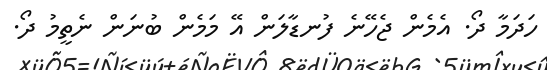
ހަދަމާ ދޯ. އެމެން ޖެހޭނެ ފުނޑާލަން އޭ މަމެން ބުނަން ނެތީމު ދޯ.